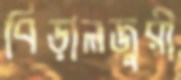
বিড়ালজুরী